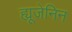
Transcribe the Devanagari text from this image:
ह्यूजेनिन